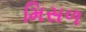
મિસળ